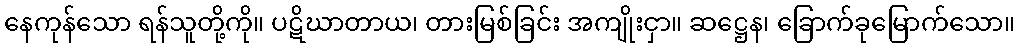
နေကုန်သော ရန်သူတို့ကို။ ပဋိဃာတာယ၊ တားမြစ်ခြင်း အကျိုးငှာ။ ဆဋ္ဌေန၊ ခြောက်ခုမြောက်သော။